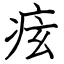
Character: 痃